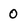
Character: 0